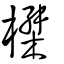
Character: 榤